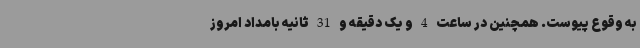
به وقوع پیوست. همچنین در ساعت 4 و یک دقیقه و 31 ثانیه بامداد امروز